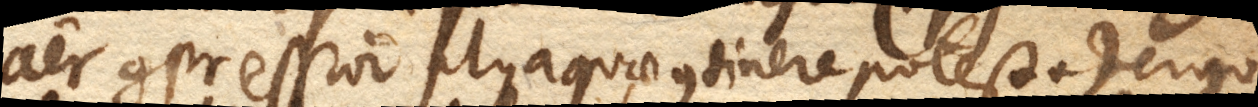
aer compressior plus aquae continere potest +) ergo